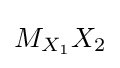
{\textstyle M_{X_{1}}X_{2}}